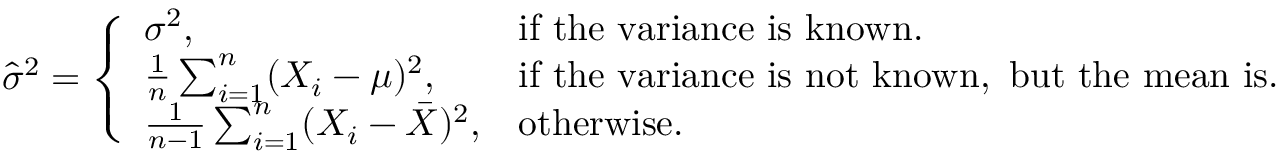
{ \hat { \sigma } } ^ { 2 } = { \left\{ \begin{array} { l l } { \sigma ^ { 2 } , } & { { \mathrm { i f ~ t h e ~ v a r i a n c e ~ i s ~ k n o w n . } } } \\ { { \frac { 1 } { n } } \sum _ { i = 1 } ^ { n } ( X _ { i } - \mu ) ^ { 2 } , } & { { \mathrm { i f ~ t h e ~ v a r i a n c e ~ i s ~ n o t ~ k n o w n , ~ b u t ~ t h e ~ m e a n ~ i s . } } } \\ { { \frac { 1 } { n - 1 } } \sum _ { i = 1 } ^ { n } ( X _ { i } - { \bar { X } } ) ^ { 2 } , } & { { \mathrm { o t h e r w i s e . } } } \end{array} \right. }